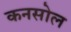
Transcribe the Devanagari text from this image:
कनसोल